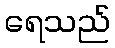
ရေသည်